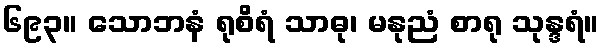
၆၉၃။ သောဘနံ ရုစိရံ သာဓု၊ မနုညံ စာရု သုန္ဒရံ။